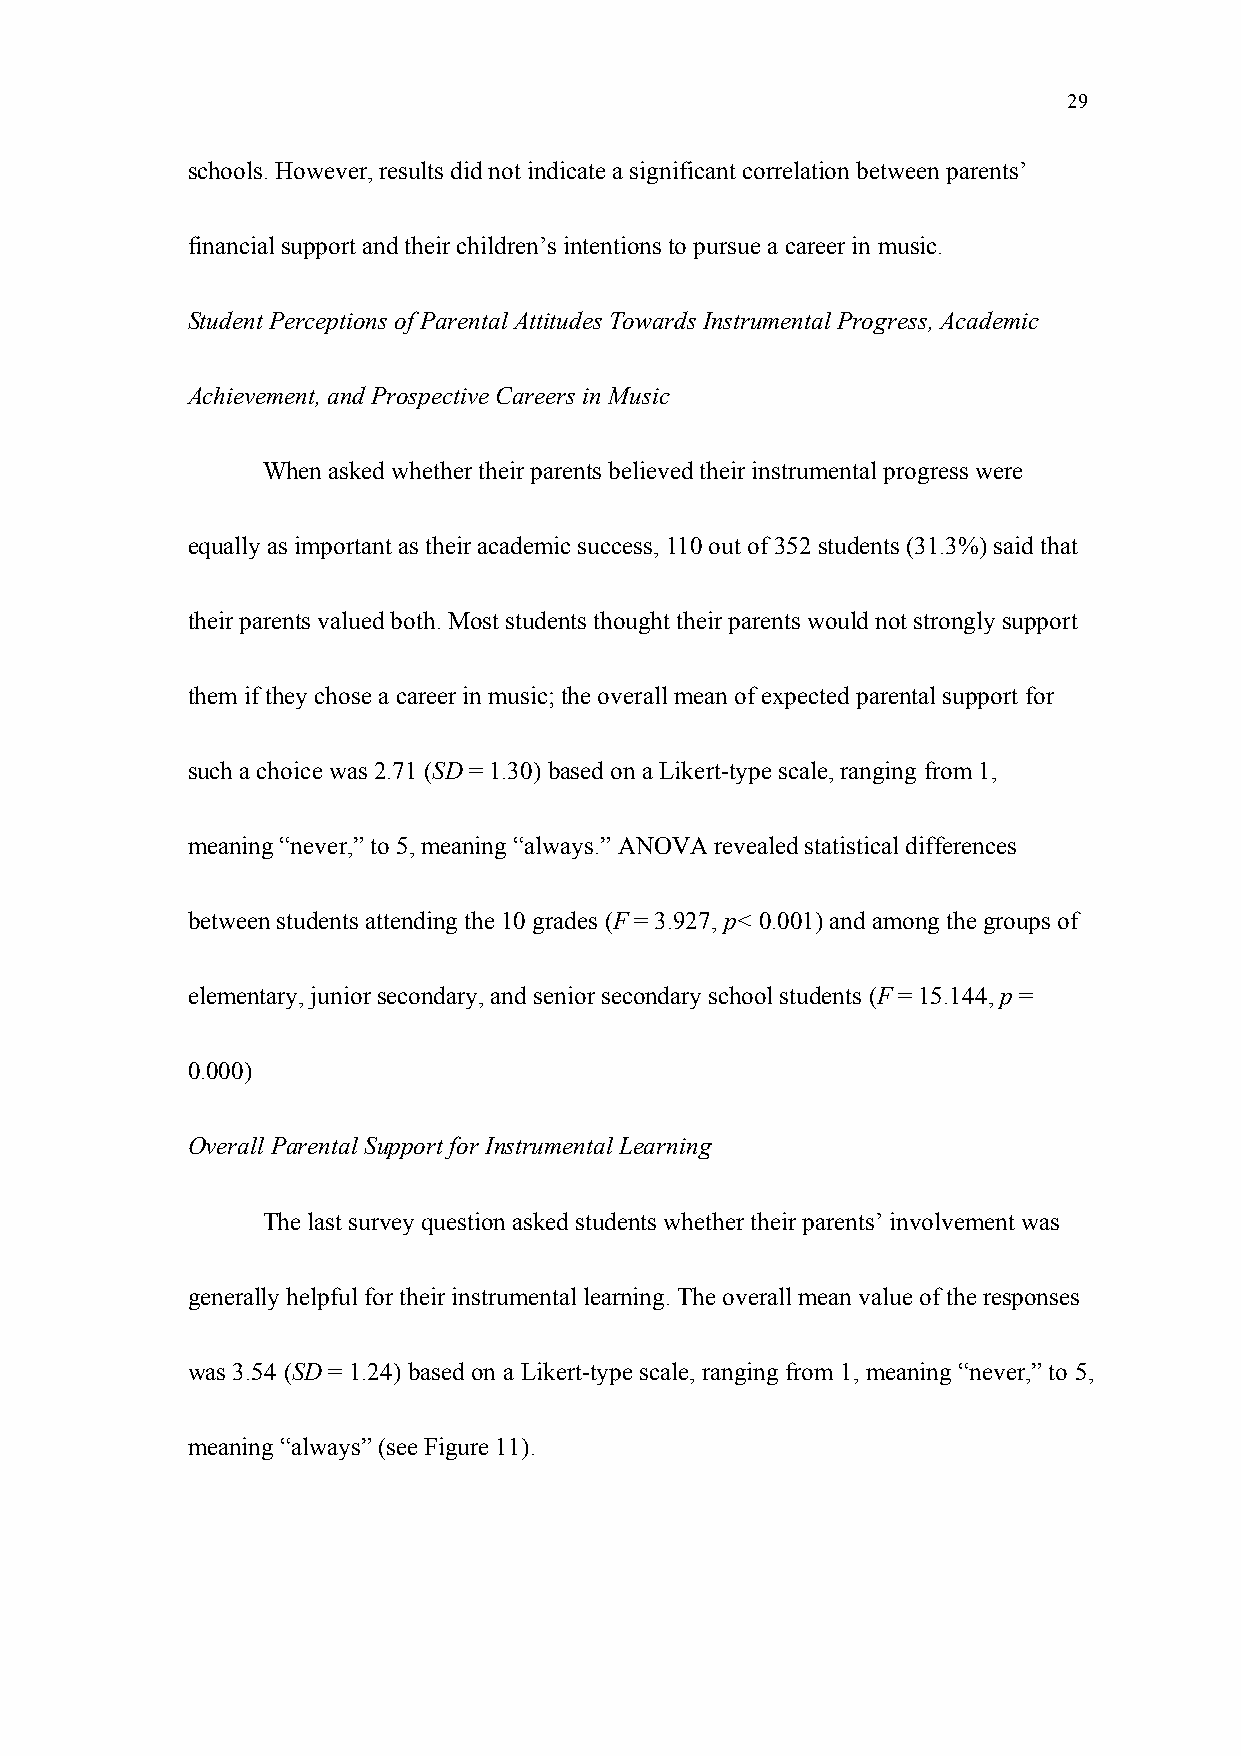
29
 schools. However, results did not indicate a significant correlation between parents’
 financial support and their children’s intentions to pursue a career in music.
 Student Perceptions of Parental Attitudes Towards Instrumental Progress, Academic
 Achievement, and Prospective Careers in Music
 When asked whether their parents believed their instrumental progress were
 equally as important as their academic success, 110 out of 352 students (31.3%) said that
 their parents valued both. Most students thought their parents would not strongly support
 them if they chose a career in music; the overall mean of expected parental support for
 such a choice was 2.71 (SD = 1.30) based on a Likert-type scale, ranging from 1,
 meaning “never,” to 5, meaning “always.” ANOVA revealed statistical differences
 between students attending the 10 grades (F = 3.927, p< 0.001) and among the groups of
 elementary, junior secondary, and senior secondary school students (F = 15.144, p =
 0.000)
 Overall Parental Support for Instrumental Learning
 The last survey question asked students whether their parents’ involvement was
 generally helpful for their instrumental learning. The overall mean value of the responses
 was 3.54 (SD = 1.24) based on a Likert-type scale, ranging from 1, meaning “never,” to 5,
 meaning “always” (see Figure 11).